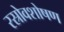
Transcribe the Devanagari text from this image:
रस्रोवशोषण